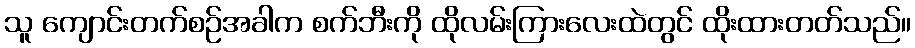
သူ ကျောင်းတက်စဉ်အခါက စက်ဘီးကို ထိုလမ်းကြားလေးထဲတွင် ထိုးထားတတ်သည်။